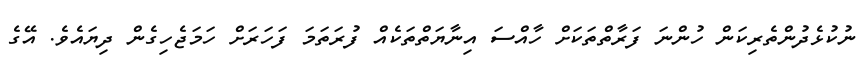
ނުކުޅެދުންތެރިކަން ހުންނަ ފަރާތްތަކަށް ހާއްސަ އިނާޔަތްތަކެއް ފުރަތަމަ ފަހަރަށް ހަމަޖެހިގެން ދިޔައެވެ. އޭގެ